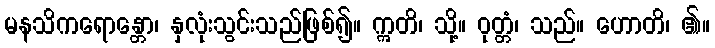
မနသိကရောန္တော၊ နှလုံးသွင်းသည်ဖြစ်၍။ ဣတိ၊ သို့။ ဝုတ္တံ၊ သည်။ ဟောတိ၊ ၏။